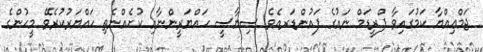
ޖަމްޢިއްޔާ ކަމުގައިވާ ފްރީޑަމް ނައުގެ ފައުންޑަރއެވެ. ސިޔާސީ ހައްޔަރީންނާއި ކުށެއްނެތި ހައްޔަރުކުރެވޭ މީހުންގެ